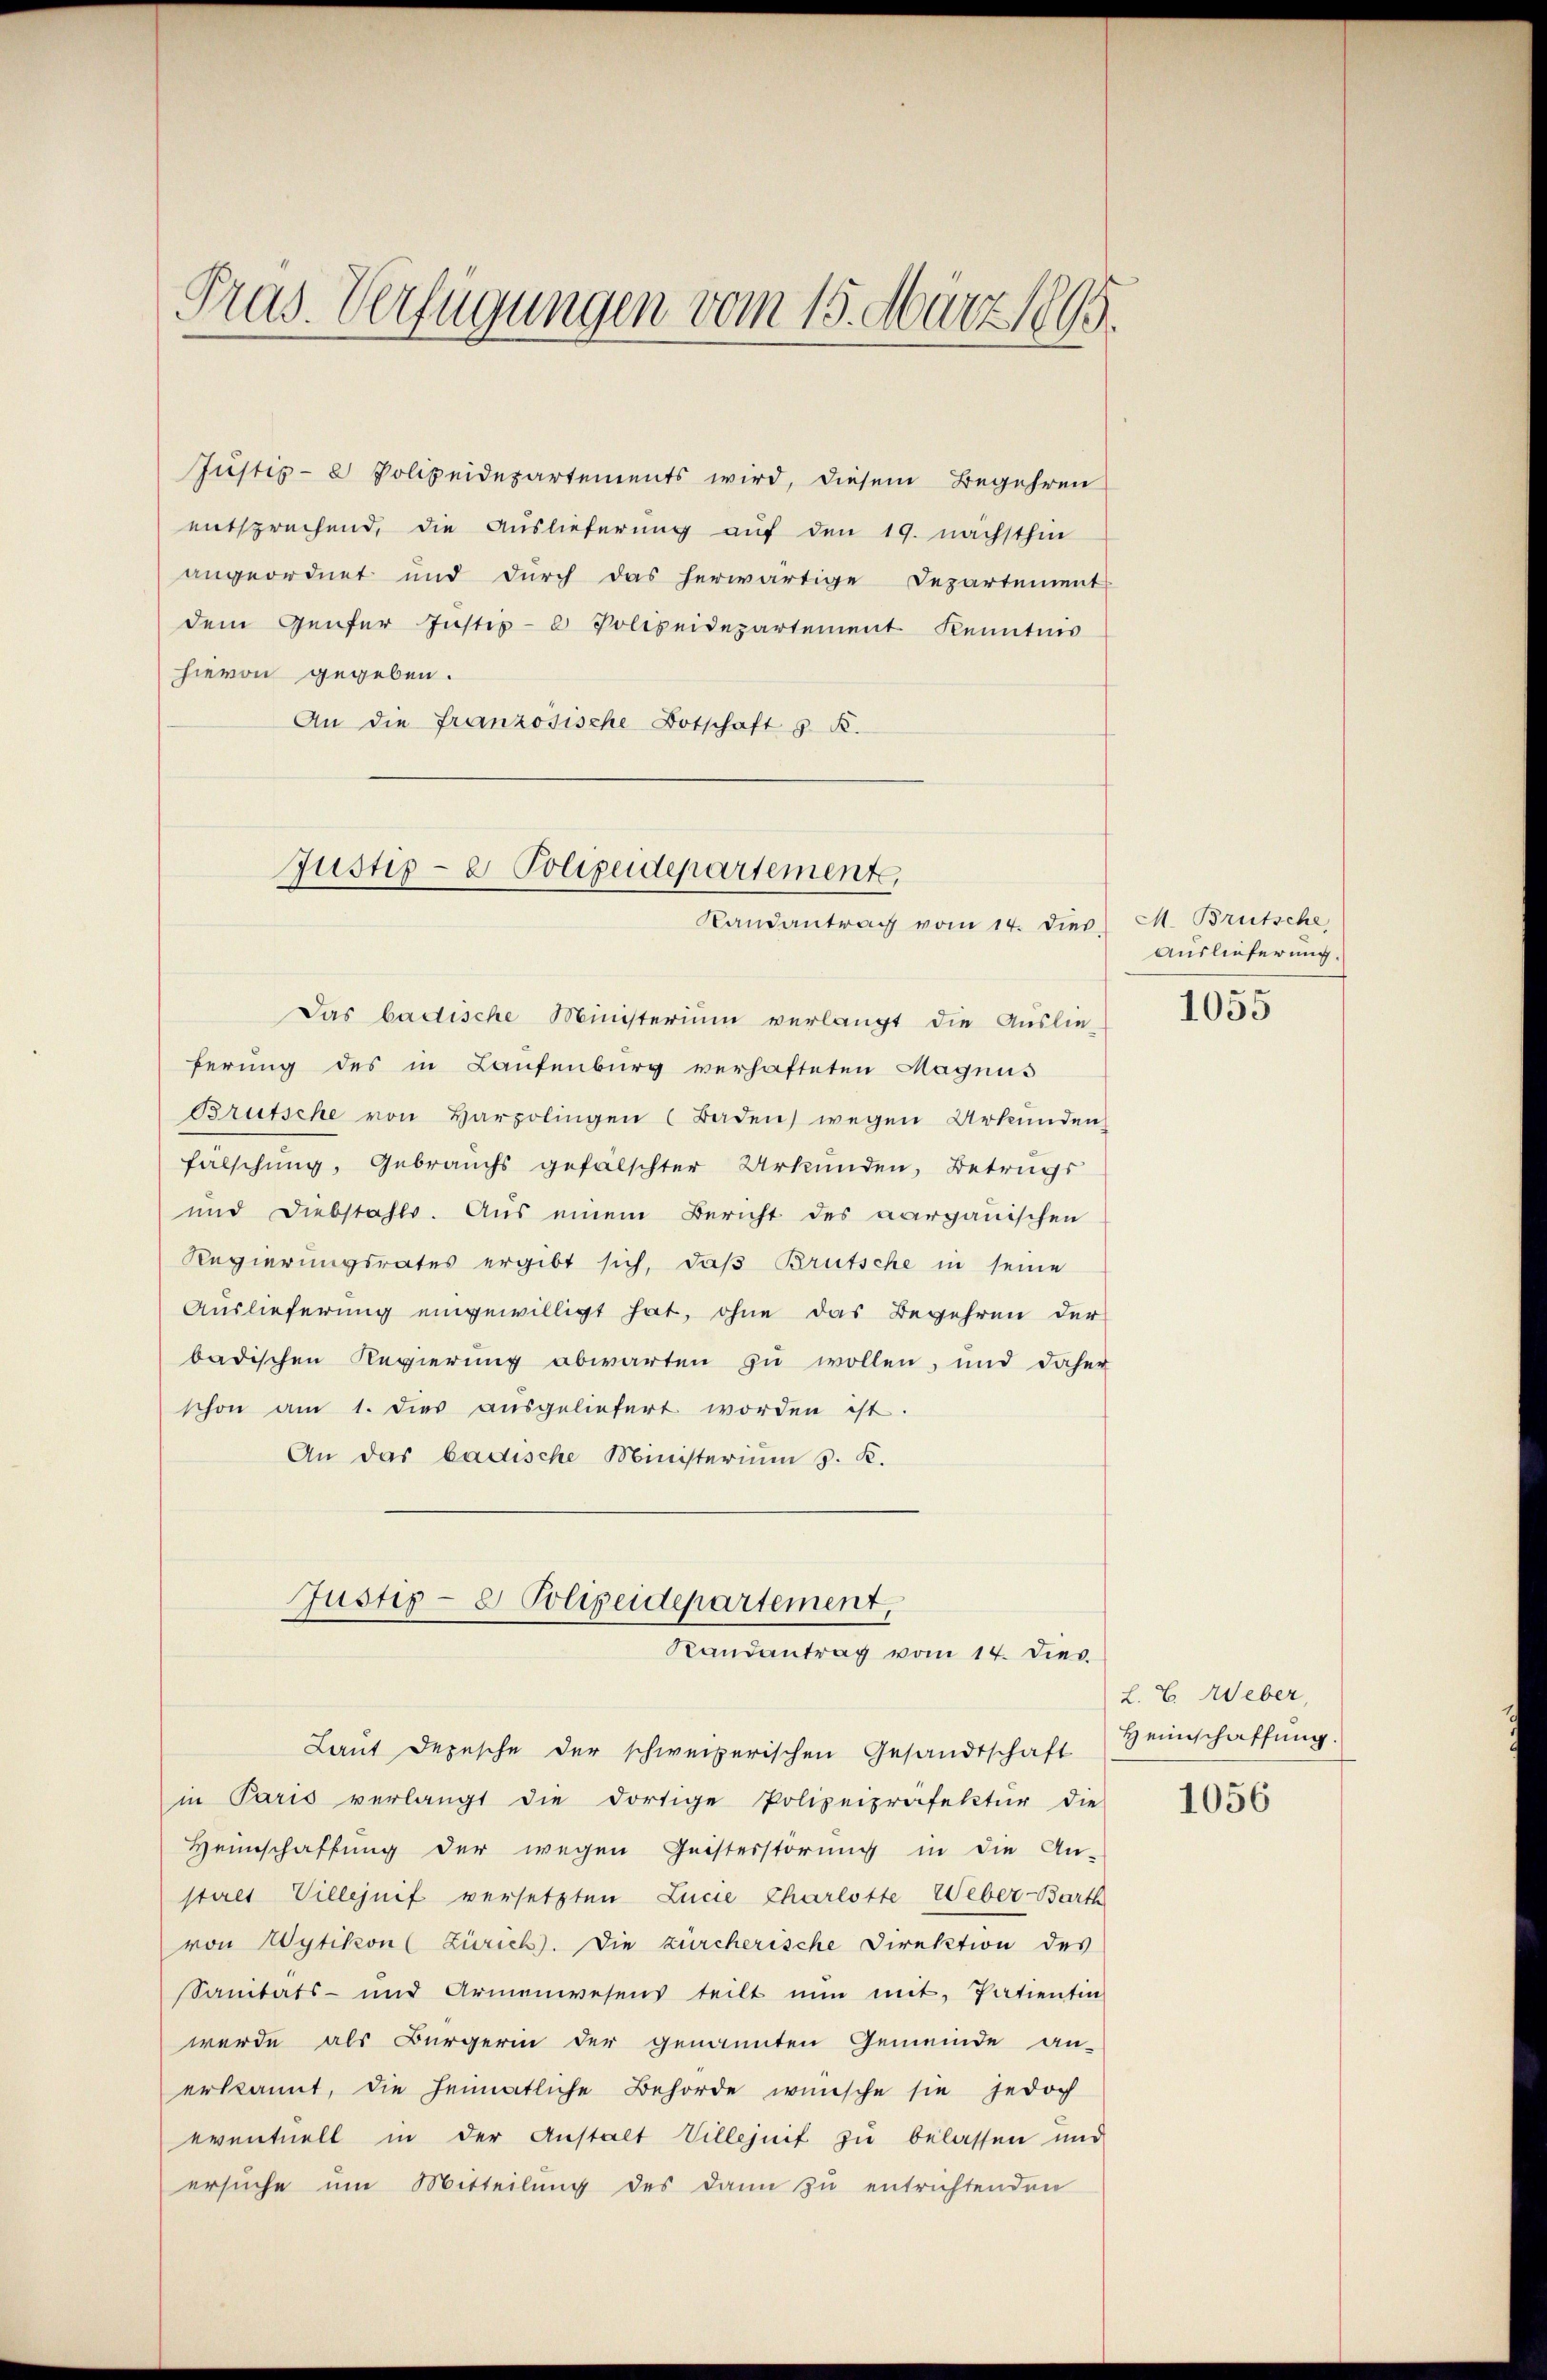
Pras. Verfügungen vom 15. März 1895

Justiz- & Polizeidepartements wird, diesem Begehren
entsprechend, die Auslieferung auf den 19. nächsthin
angeordnet und durch das herwärtige Departement
dem Genfer Justiz- & Polizeidepartement Kenntnis
hievon gegeben.
An die französische Botschaft s. K.

Justiz- & Polizeidepartement,
Randantrag vom 14. dies

Das badische Ministerium verlangt die Auslie-
ferung des in Laufenburg verhafteten Magnus
Brütsche von Harzolingen (Baden) wegen Urkunden
fälschung, Gebrauchs gefälschter Urkunden, Betrags
und Diebstahls. Aus einem Bericht des aargauischen
Regierungsrates ergibt sich, daß Brütsche in seine
Auslieferung eingewilligt hat, ohne das Begehren der
badischen Regierung abwarten zu wollen, und daher
schon am 1. dies ausgeliefert worden ist.
An das badische Ministerium 3. K.
Justiz- & Polizeidepartement,
Randantrag vom 14. dies
Laŭt Depesche der schweizerischen Gesandtschaft Heinschaffŭng.
in Paris verlangt die dortige Polizeipräfektur die
Heimschaffung der wegen Geisterstörung in die An-
stalt Villejnif versetzten Lucie Charlotte Weber-Barth
von Wytikon Zürich. Die zürcherische Direktion des
Sanitäts- und Armenwesens teilt nŭn mit Patientin
wurde als Bürgerin der genannten Gemeinde an-
erkannt, die heimatliche Behörde wünsche sie jedoch
eventuell in der Anstalt Villejnif zu belassen und
ersuche um Mitteilung des dann zu entrichtenden

M. Brütsche,
Auslieferung.
1055

L. C. Weber

1056